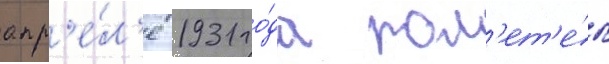
апр'е́л'е 1931 го́да пол'ет'е́л